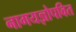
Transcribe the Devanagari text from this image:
नागयज्ञोपवित